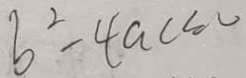
b ^ { 2 } - 4 a c \leq 0